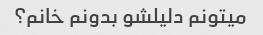
میتونم دلیلشو بدونم خانم؟